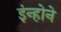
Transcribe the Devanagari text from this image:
इंन्होने